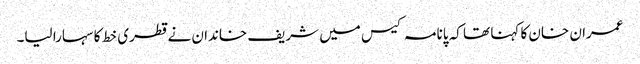
عمران خان کا کہنا تھا کہ پانامہ کیس میں شریف خاندان نے قطری خط کا سہارا لیا۔